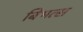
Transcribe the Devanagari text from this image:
बिभत्स